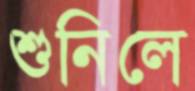
শুনিলে